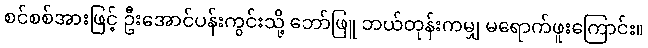
စင်စစ်အားဖြင့် ဦးအောင်ပန်းကွင်းသို့ ဘော်ဖြူ ဘယ်တုန်းကမျှ မရောက်ဖူးကြောင်း။